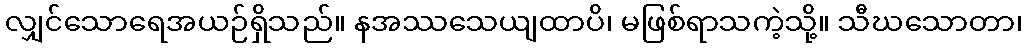
လျှင်သောရေအယဉ်ရှိသည်။ နအဿသေယျထာပိ၊ မဖြစ်ရာသကဲ့သို့။ သီဃသောတာ၊